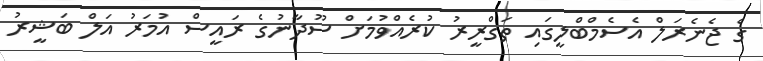
ގެ ޖެނެރަލް އެސެމްބްލީގައި ތަގްރީރު ކުރެއްވުމަށް ސޫދާނުގެ ރައީސް އުމަރު އަލް ބަޝީރު